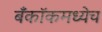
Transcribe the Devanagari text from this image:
बँकॉकमध्येच